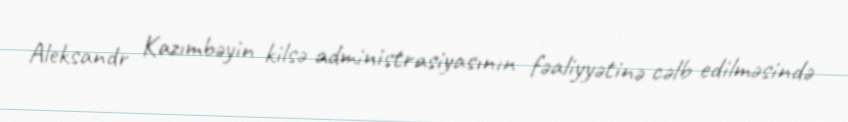
Aleksandr Kazımbəyin kilsə administrasiyasının fəaliyyətinə cəlb edilməsində